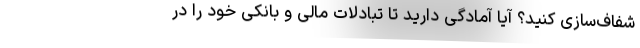
شفاف‌سازی کنید؟ آیا آمادگی دارید تا تبادلات مالی و بانکی خود را در